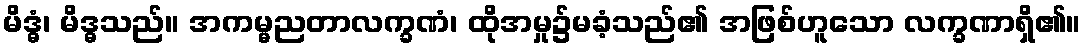
မိဒ္ဓံ၊ မိဒ္ဓသည်။ အကမ္မညတာလက္ခဏံ၊ ထိုအမှု၌မခံ့သည်၏ အဖြစ်ဟူသော လက္ခဏာရှိ၏။